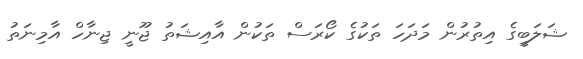
ޝަލަބީގެ އިތުރުން މަދަހަ ތަކުގެ ކޯރަސް ތަކުން އާއިޝަތު ޖޫނީ ޖިނާހް އާމިނަތު